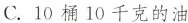
C. 10桶10千克的油